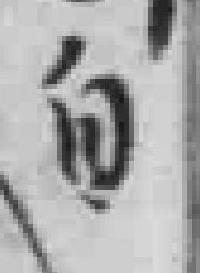
自